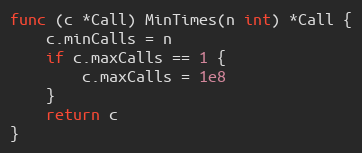
Language: Go
func (c *Call) MinTimes(n int) *Call {
	c.minCalls = n
	if c.maxCalls == 1 {
		c.maxCalls = 1e8
	}
	return c
}